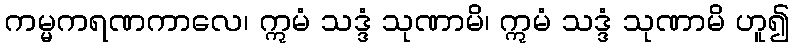
ကမ္မကရဏကာလေ၊ ဣမံ သဒ္ဒံ သုဏာမိ၊ ဣမံ သဒ္ဒံ သုဏာမိ ဟူ၍